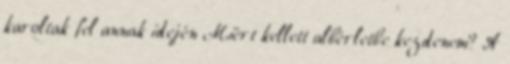
karoltak fel annak idején Miért kellett albérletbe kezdenem? A